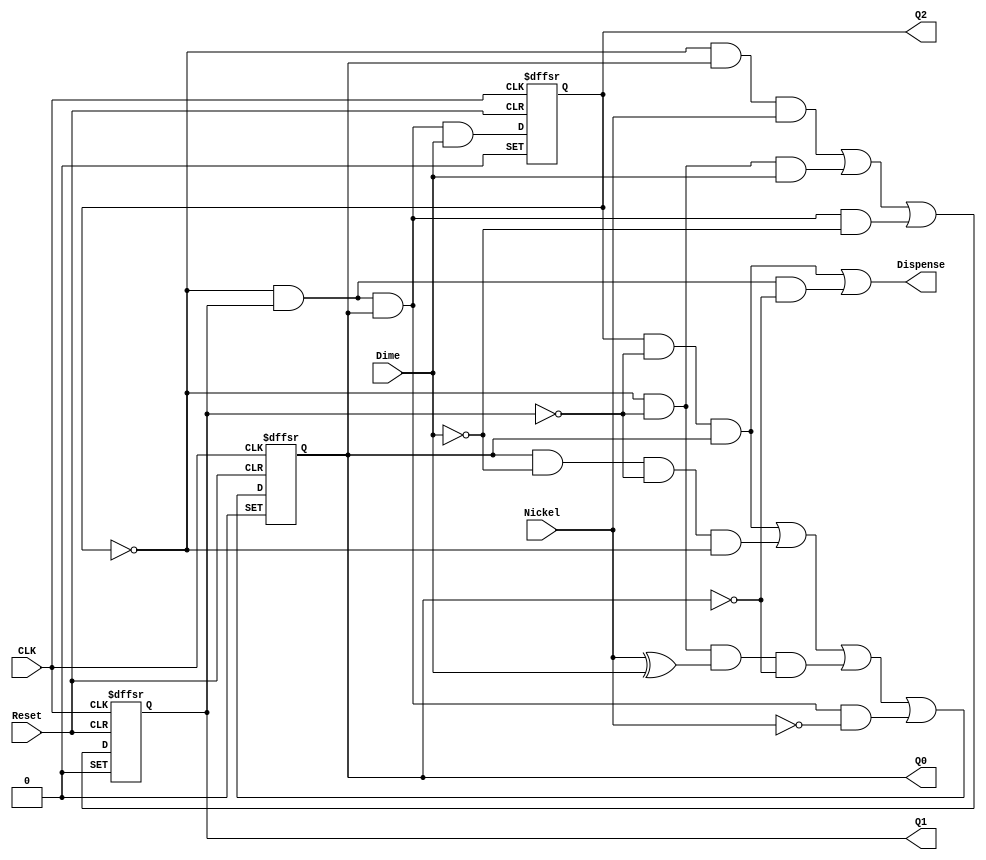
// Copyright (C) 1991-2007 Altera Corporation
// Your use of Altera Corporation's design tools, logic functions 
// and other software and tools, and its AMPP partner logic 
// functions, and any output files from any of the foregoing 
// (including device programming or simulation files), and any 
// associated documentation or information are expressly subject 
// to the terms and conditions of the Altera Program License 
// Subscription Agreement, Altera MegaCore Function License 
// Agreement, or other applicable license agreement, including, 
// without limitation, that your use is for the sole purpose of 
// programming logic devices manufactured by Altera and sold by 
// Altera or its authorized distributors.  Please refer to the 
// applicable agreement for further details.

module vendblock(
	Reset,
	CLK,
	Dime,
	Nickel,
	Dispense,
	Q0,
	Q1,
	Q2
);

input	Reset;
input	CLK;
input	Dime;
input	Nickel;
output	Dispense;
output	Q0;
output	Q1;
output	Q2;

reg	Q_ALTERA_SYNTHESIZED0;
reg	Q_ALTERA_SYNTHESIZED1;
reg	Q_ALTERA_SYNTHESIZED2;
wire	SYNTHESIZED_WIRE_0;
wire	SYNTHESIZED_WIRE_34;
wire	SYNTHESIZED_WIRE_2;
wire	SYNTHESIZED_WIRE_4;
wire	SYNTHESIZED_WIRE_5;
wire	SYNTHESIZED_WIRE_6;
wire	SYNTHESIZED_WIRE_7;
wire	SYNTHESIZED_WIRE_8;
wire	SYNTHESIZED_WIRE_9;
wire	SYNTHESIZED_WIRE_10;
wire	SYNTHESIZED_WIRE_11;
wire	SYNTHESIZED_WIRE_35;
wire	SYNTHESIZED_WIRE_36;
wire	SYNTHESIZED_WIRE_37;
wire	SYNTHESIZED_WIRE_17;
wire	SYNTHESIZED_WIRE_19;
wire	SYNTHESIZED_WIRE_38;
wire	SYNTHESIZED_WIRE_22;
wire	SYNTHESIZED_WIRE_23;
wire	SYNTHESIZED_WIRE_28;
wire	SYNTHESIZED_WIRE_29;
wire	SYNTHESIZED_WIRE_30;
wire	SYNTHESIZED_WIRE_31;
wire	SYNTHESIZED_WIRE_32;
wire	SYNTHESIZED_WIRE_33;

assign	SYNTHESIZED_WIRE_34 = 1;




always@(posedge CLK or negedge Reset or negedge SYNTHESIZED_WIRE_34)
begin
if (!Reset)
	begin
	Q_ALTERA_SYNTHESIZED0 <= 0;
	end
else
if (!SYNTHESIZED_WIRE_34)
	begin
	Q_ALTERA_SYNTHESIZED0 <= 1;
	end
else
	begin
	Q_ALTERA_SYNTHESIZED0 <= SYNTHESIZED_WIRE_0;
	end
end

always@(posedge CLK or negedge Reset or negedge SYNTHESIZED_WIRE_34)
begin
if (!Reset)
	begin
	Q_ALTERA_SYNTHESIZED1 <= 0;
	end
else
if (!SYNTHESIZED_WIRE_34)
	begin
	Q_ALTERA_SYNTHESIZED1 <= 1;
	end
else
	begin
	Q_ALTERA_SYNTHESIZED1 <= SYNTHESIZED_WIRE_2;
	end
end
assign	SYNTHESIZED_WIRE_31 =  ~Q_ALTERA_SYNTHESIZED2;
assign	SYNTHESIZED_WIRE_32 =  ~Q_ALTERA_SYNTHESIZED0;
assign	SYNTHESIZED_WIRE_33 =  ~Q_ALTERA_SYNTHESIZED1;
assign	SYNTHESIZED_WIRE_0 = SYNTHESIZED_WIRE_4 | SYNTHESIZED_WIRE_5 | SYNTHESIZED_WIRE_6 | SYNTHESIZED_WIRE_7;
assign	SYNTHESIZED_WIRE_2 = SYNTHESIZED_WIRE_8 | SYNTHESIZED_WIRE_9 | SYNTHESIZED_WIRE_10;
assign	SYNTHESIZED_WIRE_11 =  ~Q_ALTERA_SYNTHESIZED2;
assign	SYNTHESIZED_WIRE_17 = SYNTHESIZED_WIRE_11 & Q_ALTERA_SYNTHESIZED1 & Q_ALTERA_SYNTHESIZED0 & Dime;
assign	SYNTHESIZED_WIRE_8 = SYNTHESIZED_WIRE_35 & Q_ALTERA_SYNTHESIZED0 & Nickel;
assign	SYNTHESIZED_WIRE_10 = SYNTHESIZED_WIRE_35 & Q_ALTERA_SYNTHESIZED1 & Q_ALTERA_SYNTHESIZED0 & SYNTHESIZED_WIRE_36;
assign	SYNTHESIZED_WIRE_9 = SYNTHESIZED_WIRE_35 & SYNTHESIZED_WIRE_37 & Dime;

always@(posedge CLK or negedge Reset or negedge SYNTHESIZED_WIRE_34)
begin
if (!Reset)
	begin
	Q_ALTERA_SYNTHESIZED2 <= 0;
	end
else
if (!SYNTHESIZED_WIRE_34)
	begin
	Q_ALTERA_SYNTHESIZED2 <= 1;
	end
else
	begin
	Q_ALTERA_SYNTHESIZED2 <= SYNTHESIZED_WIRE_17;
	end
end
assign	SYNTHESIZED_WIRE_35 =  ~Q_ALTERA_SYNTHESIZED2;
assign	SYNTHESIZED_WIRE_36 =  ~Dime;
assign	SYNTHESIZED_WIRE_37 =  ~Q_ALTERA_SYNTHESIZED1;
assign	SYNTHESIZED_WIRE_4 = Q_ALTERA_SYNTHESIZED2 & SYNTHESIZED_WIRE_19 & Q_ALTERA_SYNTHESIZED0;
assign	SYNTHESIZED_WIRE_19 =  ~Q_ALTERA_SYNTHESIZED1;
assign	SYNTHESIZED_WIRE_38 =  ~Q_ALTERA_SYNTHESIZED2;
assign	SYNTHESIZED_WIRE_28 =  ~Nickel;
assign	SYNTHESIZED_WIRE_6 = SYNTHESIZED_WIRE_38 & SYNTHESIZED_WIRE_37 & SYNTHESIZED_WIRE_22 & SYNTHESIZED_WIRE_23;
assign	SYNTHESIZED_WIRE_5 = Q_ALTERA_SYNTHESIZED0 & SYNTHESIZED_WIRE_36 & SYNTHESIZED_WIRE_37 & SYNTHESIZED_WIRE_38;
assign	SYNTHESIZED_WIRE_7 = SYNTHESIZED_WIRE_38 & Q_ALTERA_SYNTHESIZED1 & Q_ALTERA_SYNTHESIZED0 & SYNTHESIZED_WIRE_28;
assign	SYNTHESIZED_WIRE_22 = Nickel ^ Dime;
assign	SYNTHESIZED_WIRE_23 =  ~Q_ALTERA_SYNTHESIZED0;
assign	Dispense = SYNTHESIZED_WIRE_29 | SYNTHESIZED_WIRE_30;
assign	SYNTHESIZED_WIRE_30 = SYNTHESIZED_WIRE_31 & Q_ALTERA_SYNTHESIZED1 & SYNTHESIZED_WIRE_32;
assign	SYNTHESIZED_WIRE_29 = Q_ALTERA_SYNTHESIZED2 & SYNTHESIZED_WIRE_33 & Q_ALTERA_SYNTHESIZED0;
assign	Q0 = Q_ALTERA_SYNTHESIZED0;
assign	Q1 = Q_ALTERA_SYNTHESIZED1;
assign	Q2 = Q_ALTERA_SYNTHESIZED2;


endmodule